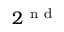
2 ^ { \mathrm { ~ n ~ d ~ } }